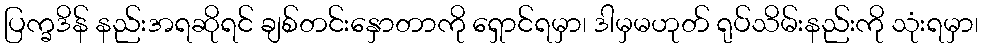
ပြက္ခဒိန် နည်းအရဆိုရင် ချစ်တင်းနှောတာကို ရှောင်ရမှာ၊ ဒါမှမဟုတ် ရုပ်သိမ်းနည်းကို သုံးရမှာ၊